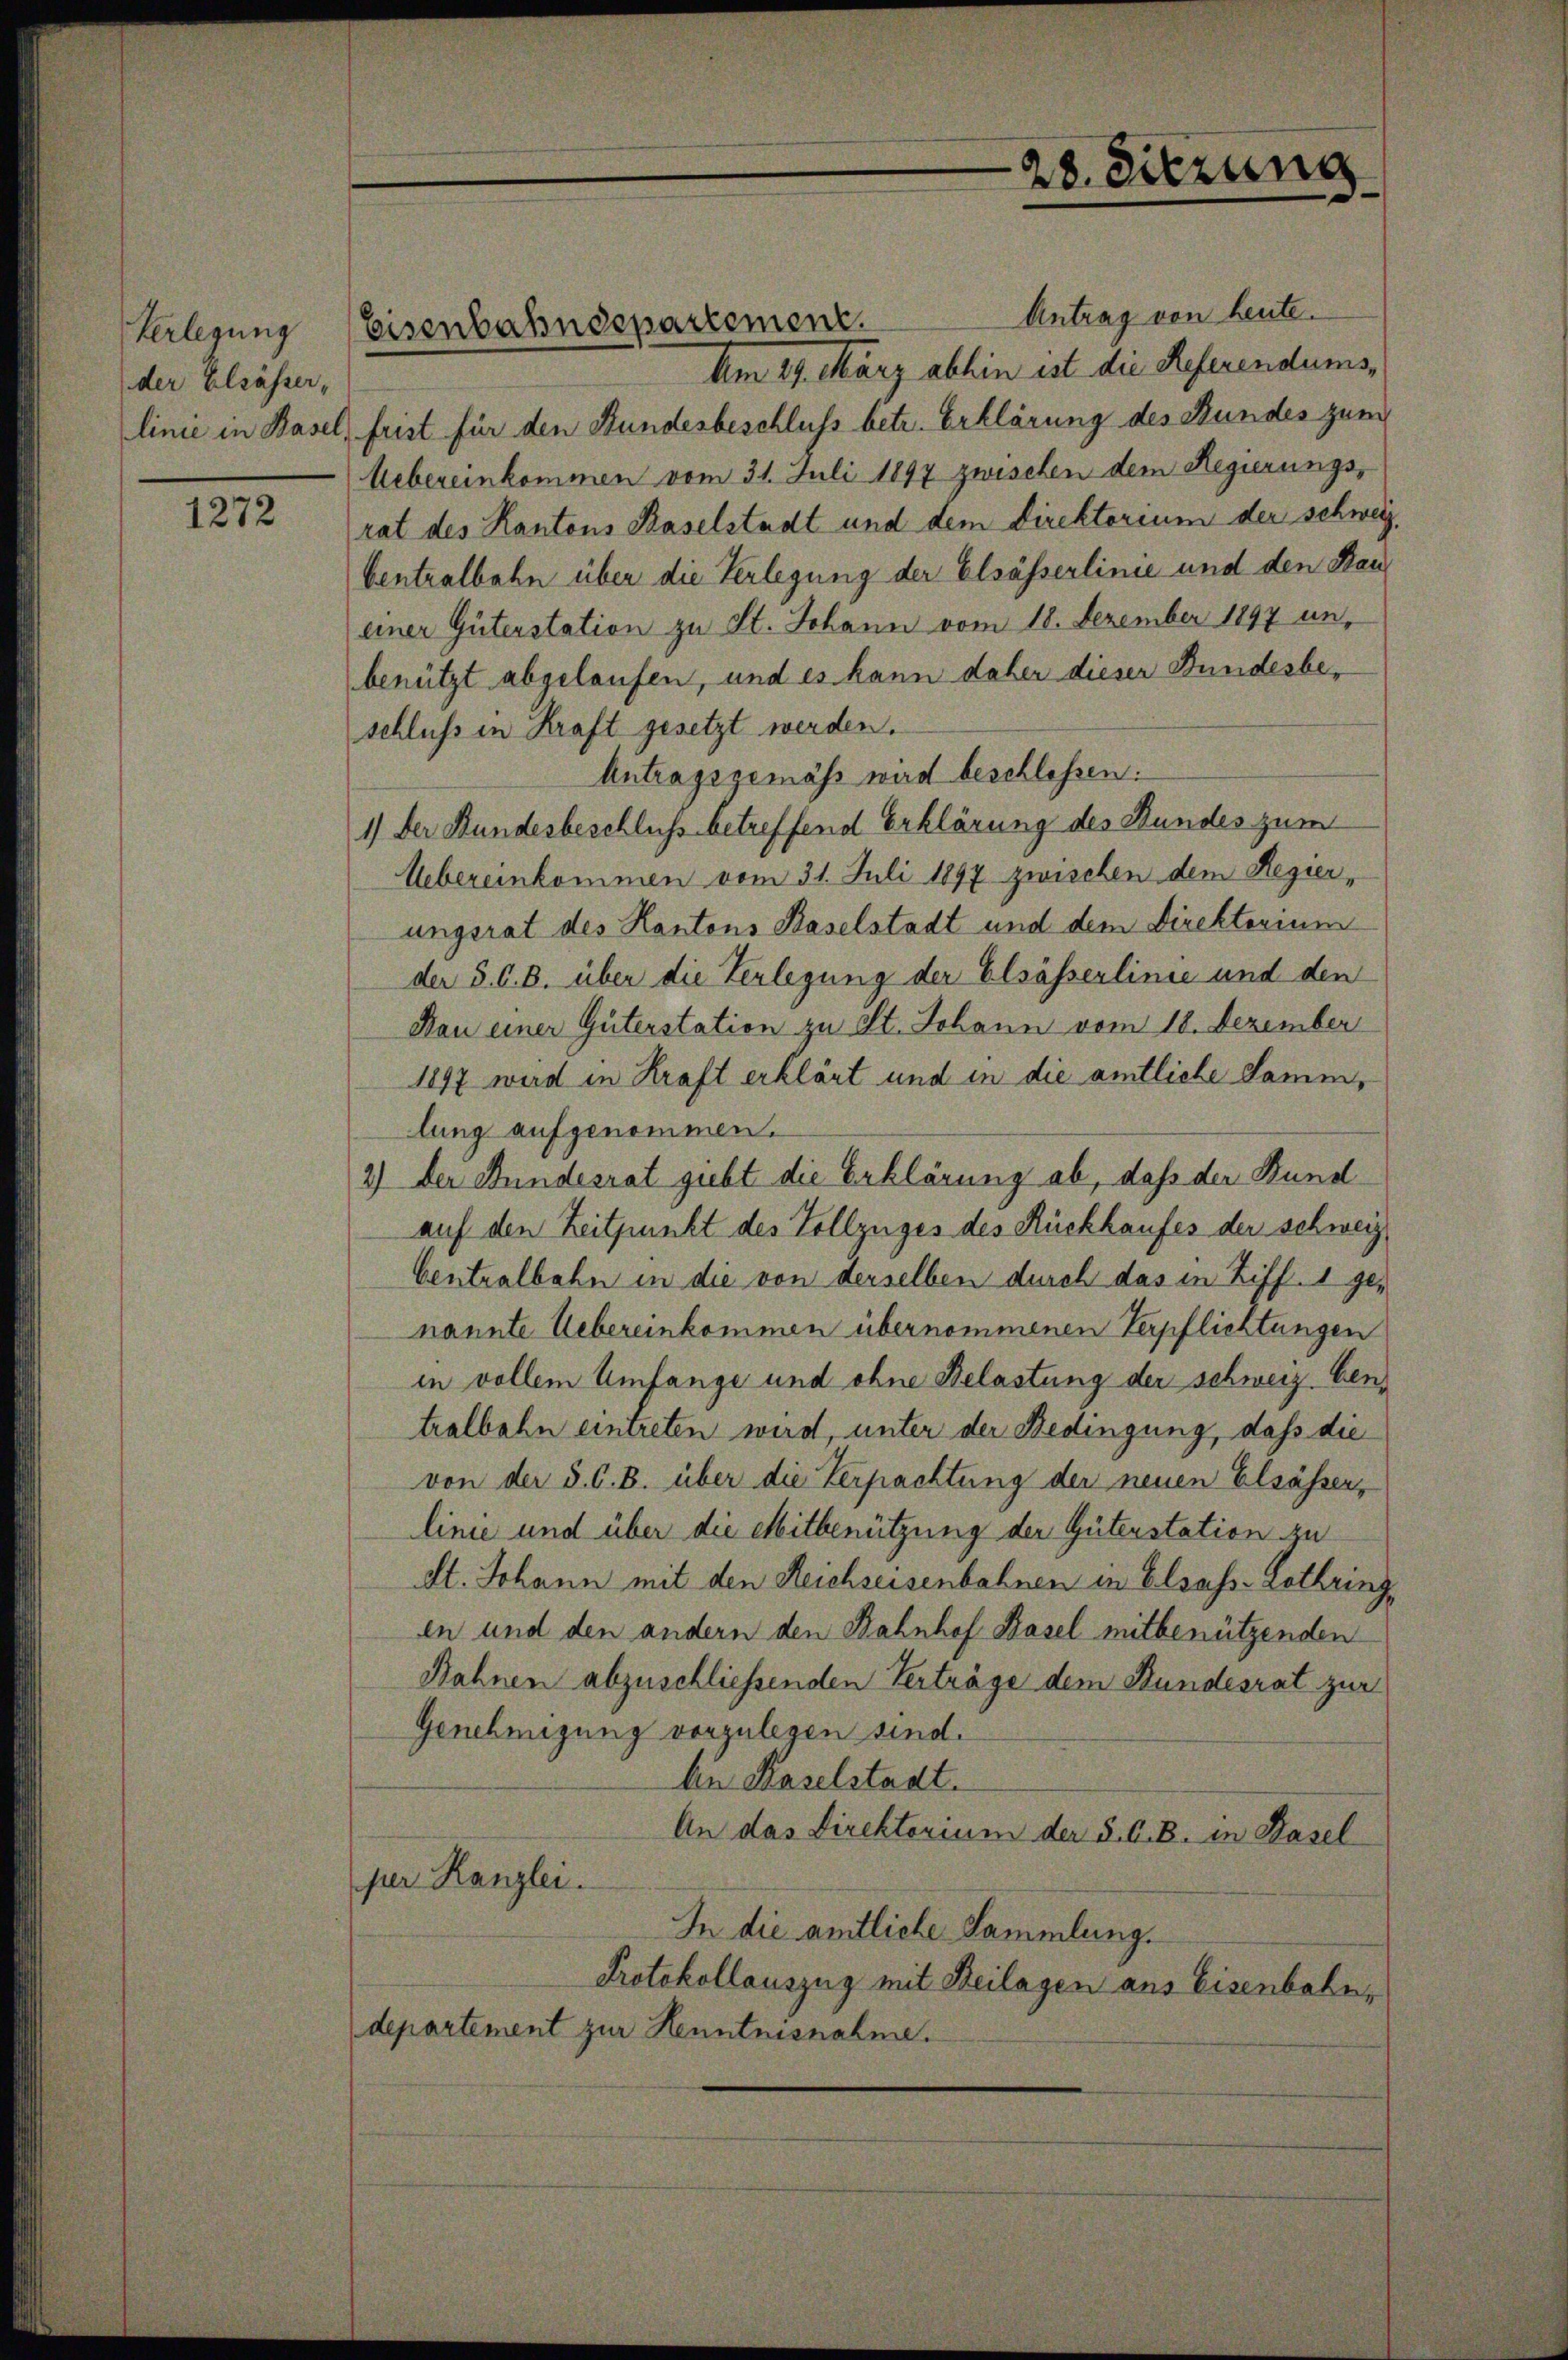
Verlegung
der Elsässer,
linie in Basel,

1272

Antrag von heute.
Am 29. März abhin ist die Referendums
frist für den Bundesbeschluss betr. Erklärung des Bundes zum
Uebereinkommen vom 31. Juli 1897 zwischen dem Regierungs-
rat des Kantons Baselstadt und dem Direktorium der schweiz.
Centralbahn über die Verlegung der Elsässerlinie und den Raueiner Güterstation zu St. Johann vom 18. Dezember 1897 un
benützt abgelaufen, und es kann daher dieser Bundesbeschluss in Kraft gesetzt werden.
Antragsgemäss wird beschlossen:
1) Der Bundesbeschluß betreffend Erklärung des Bundes zum
Uebereinkommen vom 31. Juli 1897 zwischen dem Regier,
ungsrat des Kantons Baselstadt und dem Direkterium
der §. 6. B. über die Verlegung der Elsässerlinie und den
Nau einer Güterstation zu St. Johann vom 18. Dezember
1897 wird in Kraft erklärt und in die amtliche Samm
lung aufgenommen.
2.) Der Bundesrat giebt die Erklärung ab, daß der Bund
auf den Zeitpunkt des Vollzuges des Rückkaufes der schweiz.
Centralbahn in die von derselben durch das in Ziff. 1 genannte Uebereinkommen übernommenen Verpflichtungen
in vollem Umfange und ohne Belastung der schweiz bentralbahn eintreten wird, unter der Bedingung, daß die
von der §. 6. B. über die Verpachtung der neuen Elsässer,
linie und über die Mitbenützung der Güterstation zu
St. Johann mit den Reichseisenbahnen in Elsass-Lothring
en und den andern den Bahnhof Basel mitbenützenden
Bahnen abzuschliessenden Verträge dem Bundesrat zur
Genehmigung vorzulegen sind.
bie Kaselstadt.
An das Direktorium der §. 6. B. in Basel
per Kanzlei.
In die amtliche Sammlung.
Protokollauszug mit Beilagen aus Eisenbahndepartement zur Kenntnisnahen.

Eisenbahndepartement.

28. Sitzung